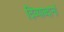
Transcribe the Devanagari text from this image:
दिव्याब्दानां